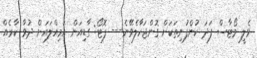
ވެލީ މޯޓާސް ފަދަ ކުންފުނިތަކަށް ގޮންޖަހާލެވޭނެ--- ފޮޓޯ: ގާޑިއަން އަމިއްލައަށް ދުވާ ކާރެއް